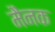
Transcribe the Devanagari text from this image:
मैनक